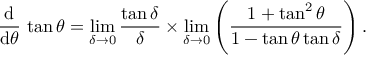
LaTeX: { \frac { \operatorname { d } } { \operatorname { d } \! \theta } } \, \tan \theta = \operatorname* { l i m } _ { \delta \to 0 } { \frac { \tan \delta } { \delta } } \times \operatorname* { l i m } _ { \delta \to 0 } \left( { \frac { 1 + \tan ^ { 2 } \theta } { 1 - \tan \theta \tan \delta } } \right) .